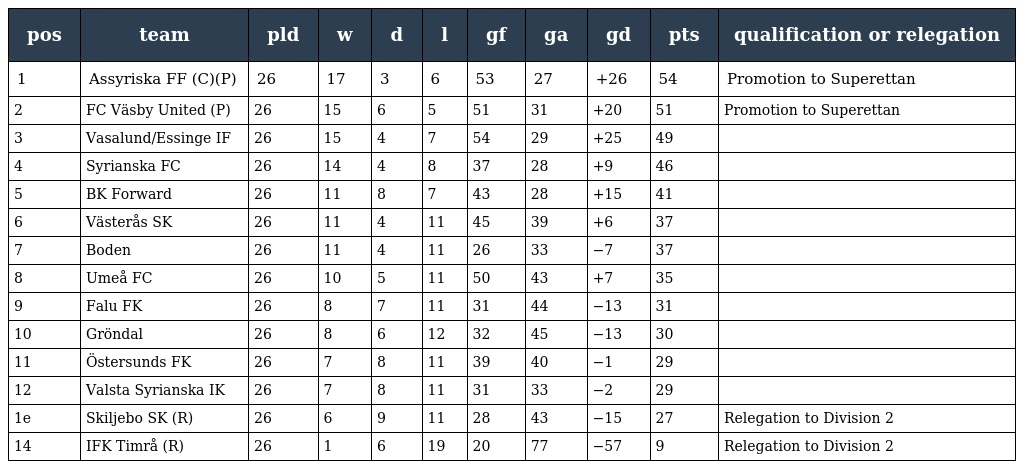
| pos | team | pld | w | d | l | gf | ga | gd | pts | qualification or relegation |
 | --- | --- | --- | --- | --- | --- | --- | --- | --- | --- | --- |
 | 1 | Assyriska FF (C)(P) | 26 | 17 | 3 | 6 | 53 | 27 | +26 | 54 | Promotion to Superettan |
 | 2 | FC Väsby United (P) | 26 | 15 | 6 | 5 | 51 | 31 | +20 | 51 | Promotion to Superettan |
 | 3 | Vasalund/Essinge IF | 26 | 15 | 4 | 7 | 54 | 29 | +25 | 49 |  |
 | 4 | Syrianska FC | 26 | 14 | 4 | 8 | 37 | 28 | +9 | 46 |  |
 | 5 | BK Forward | 26 | 11 | 8 | 7 | 43 | 28 | +15 | 41 |  |
 | 6 | Västerås SK | 26 | 11 | 4 | 11 | 45 | 39 | +6 | 37 |  |
 | 7 | Boden | 26 | 11 | 4 | 11 | 26 | 33 | −7 | 37 |  |
 | 8 | Umeå FC | 26 | 10 | 5 | 11 | 50 | 43 | +7 | 35 |  |
 | 9 | Falu FK | 26 | 8 | 7 | 11 | 31 | 44 | −13 | 31 |  |
 | 10 | Gröndal | 26 | 8 | 6 | 12 | 32 | 45 | −13 | 30 |  |
 | 11 | Östersunds FK | 26 | 7 | 8 | 11 | 39 | 40 | −1 | 29 |  |
 | 12 | Valsta Syrianska IK | 26 | 7 | 8 | 11 | 31 | 33 | −2 | 29 |  |
 | 1e | Skiljebo SK (R) | 26 | 6 | 9 | 11 | 28 | 43 | −15 | 27 | Relegation to Division 2 |
 | 14 | IFK Timrå (R) | 26 | 1 | 6 | 19 | 20 | 77 | −57 | 9 | Relegation to Division 2 |